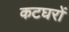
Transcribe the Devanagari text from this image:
कटघरों